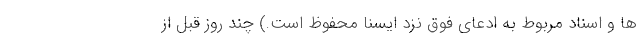
ها و اسناد مربوط به ادعای فوق نزد ایسنا محفوظ است.) چند روز قبل از